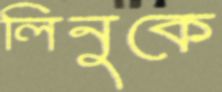
লিনুকে